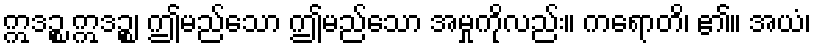
ဣဒဉ္စ ဣဒဉ္စ၊ ဤမည်သော ဤမည်သော အမှုကိုလည်း။ ကရောတိ၊ ၏။ အယံ၊